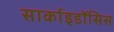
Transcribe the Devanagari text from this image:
सार्काइडॉसिस